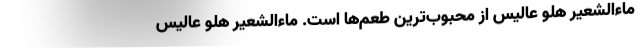
ماءالشعیر هلو عالیس از محبوب‌ترین طعم‌ها است. ماءالشعیر هلو عالیس